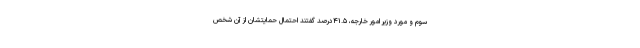
سوم و مورد وزیر امور خارجه، ۴۱.۵درصد گفتند احتمال حمایتشان از آن شخص